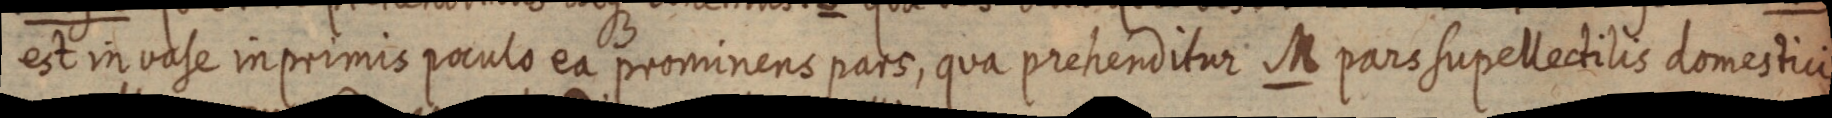
est in vase inprimis poculo ea prominens pars, qua prehenditur M pars supellectilis domestici